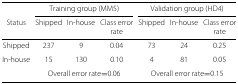
|  | <COLSPAN=3> Training group (MM5) | <COLSPAN=3> Validation group (HD4) |
 | Status | Shipped | In-house | Class error | Shipped | In-house | Class error |
 |  |  |  | rate |  |  | rate |
 | --- | --- | --- | --- | --- | --- | --- |
 | Shipped | 237 | 9 | 0.04 | 73 | 24 | 0.25 |
 | In-house | 15 | 130 | 0.10 | 4 | 81 | 0.05 |
 |  | <COLSPAN=3> Overall error rate =0.06 | <COLSPAN=3> Overall error rate =0.15 |